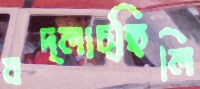
বদ্‌লাচ্ছিলি